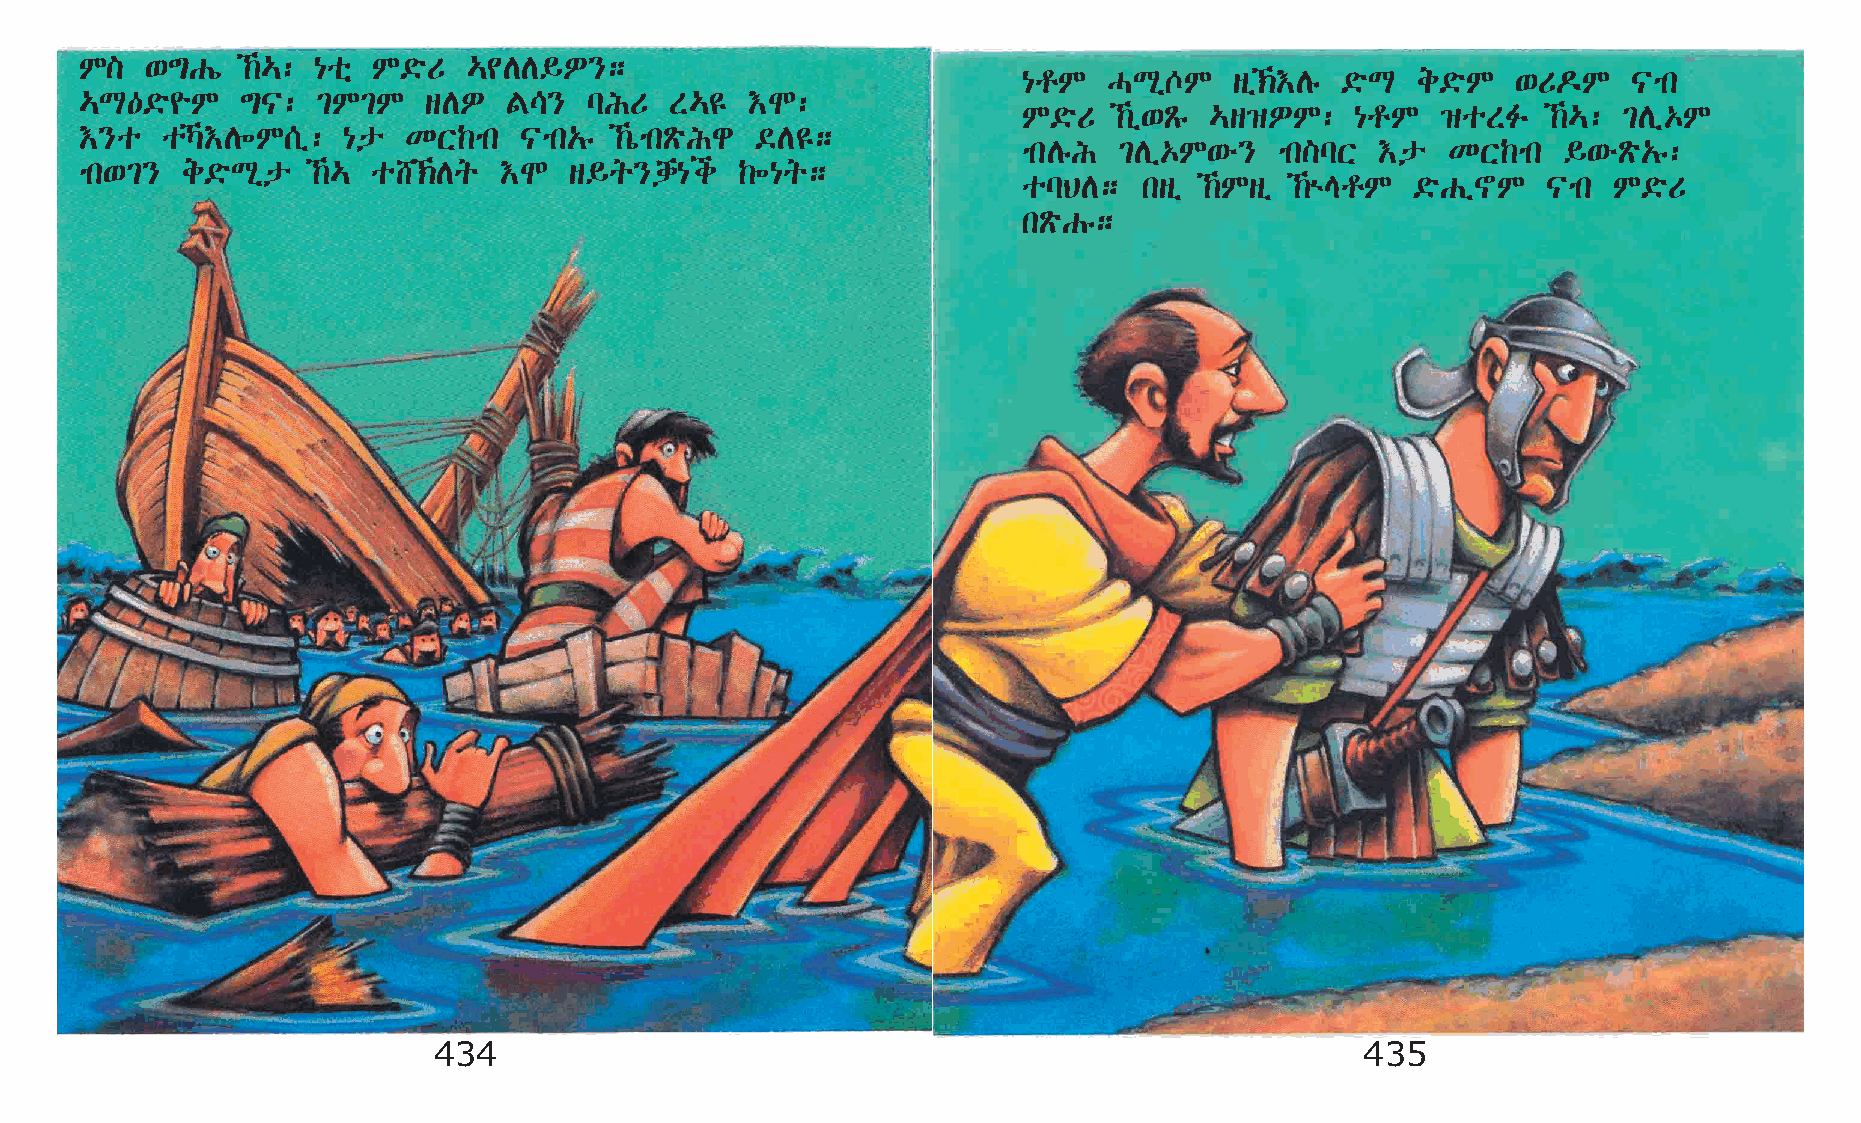
M]   ‘´Gí  ‰…: {oñ M©öU  …¢DD§È};
 {rM  HLð^M    sï‹†Dê ©öL e©öM  ‘U¬M    |mk
 …L—©ö¨M    ´|:  ²M²M   sDÈ  F\}   lIU  S…£   †N:
 M©öU  ‰ï‘Ãê …s›ÈM:   {rM  ›oSË    ‰…: ²Dï‡M
 †}o   oŠ†D÷M[ï:  {p  KX‰mk  |mk„ê  ‰òmkÃöIg ©D£;
 mkDêI ²Dï‡M‘é}   mk]lX †p   KX‰mk  §‘éÃö„ê:
 mk‘²}  e©öLðp   ‰… o_‹Dq  †N   s§q}dh{i   ‰÷{q;
 olBD;   ksï ‰Msï ‰ùErM  ©öGï~M  |mk  M©öU
 kÃöGê;
 434                                                          435